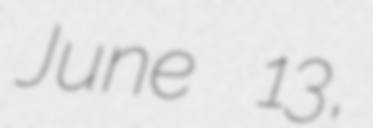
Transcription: June 13,